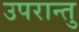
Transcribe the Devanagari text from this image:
उपरान्तु